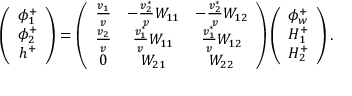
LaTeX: \left( \begin{array} { c } { { \phi _ { 1 } ^ { + } } } \\ { { \phi _ { 2 } ^ { + } } } \\ { { h ^ { + } } } \end{array} \right) = \left( \begin{array} { c c c } { { \frac { v _ { 1 } } { v } } } & { { - \frac { v _ { 2 } ^ { * } } { v } W _ { 1 1 } } } & { { - \frac { v _ { 2 } ^ { * } } { v } W _ { 1 2 } } } \\ { { \frac { v _ { 2 } } { v } } } & { { \frac { v _ { 1 } ^ { * } } { v } W _ { 1 1 } } } & { { \frac { v _ { 1 } ^ { * } } { v } W _ { 1 2 } } } \\ { { 0 } } & { { W _ { 2 1 } } } & { { W _ { 2 2 } } } \end{array} \right) \left( \begin{array} { c } { { \phi _ { w } ^ { + } } } \\ { { H _ { 1 } ^ { + } } } \\ { { H _ { 2 } ^ { + } } } \end{array} \right) .